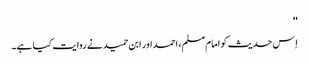
''
اِس حدیث کو امام مسلم، احمد اور ابن حمید نے روایت کیا ہے۔